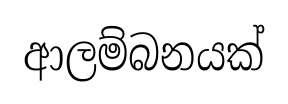
ආලම්බනයක්